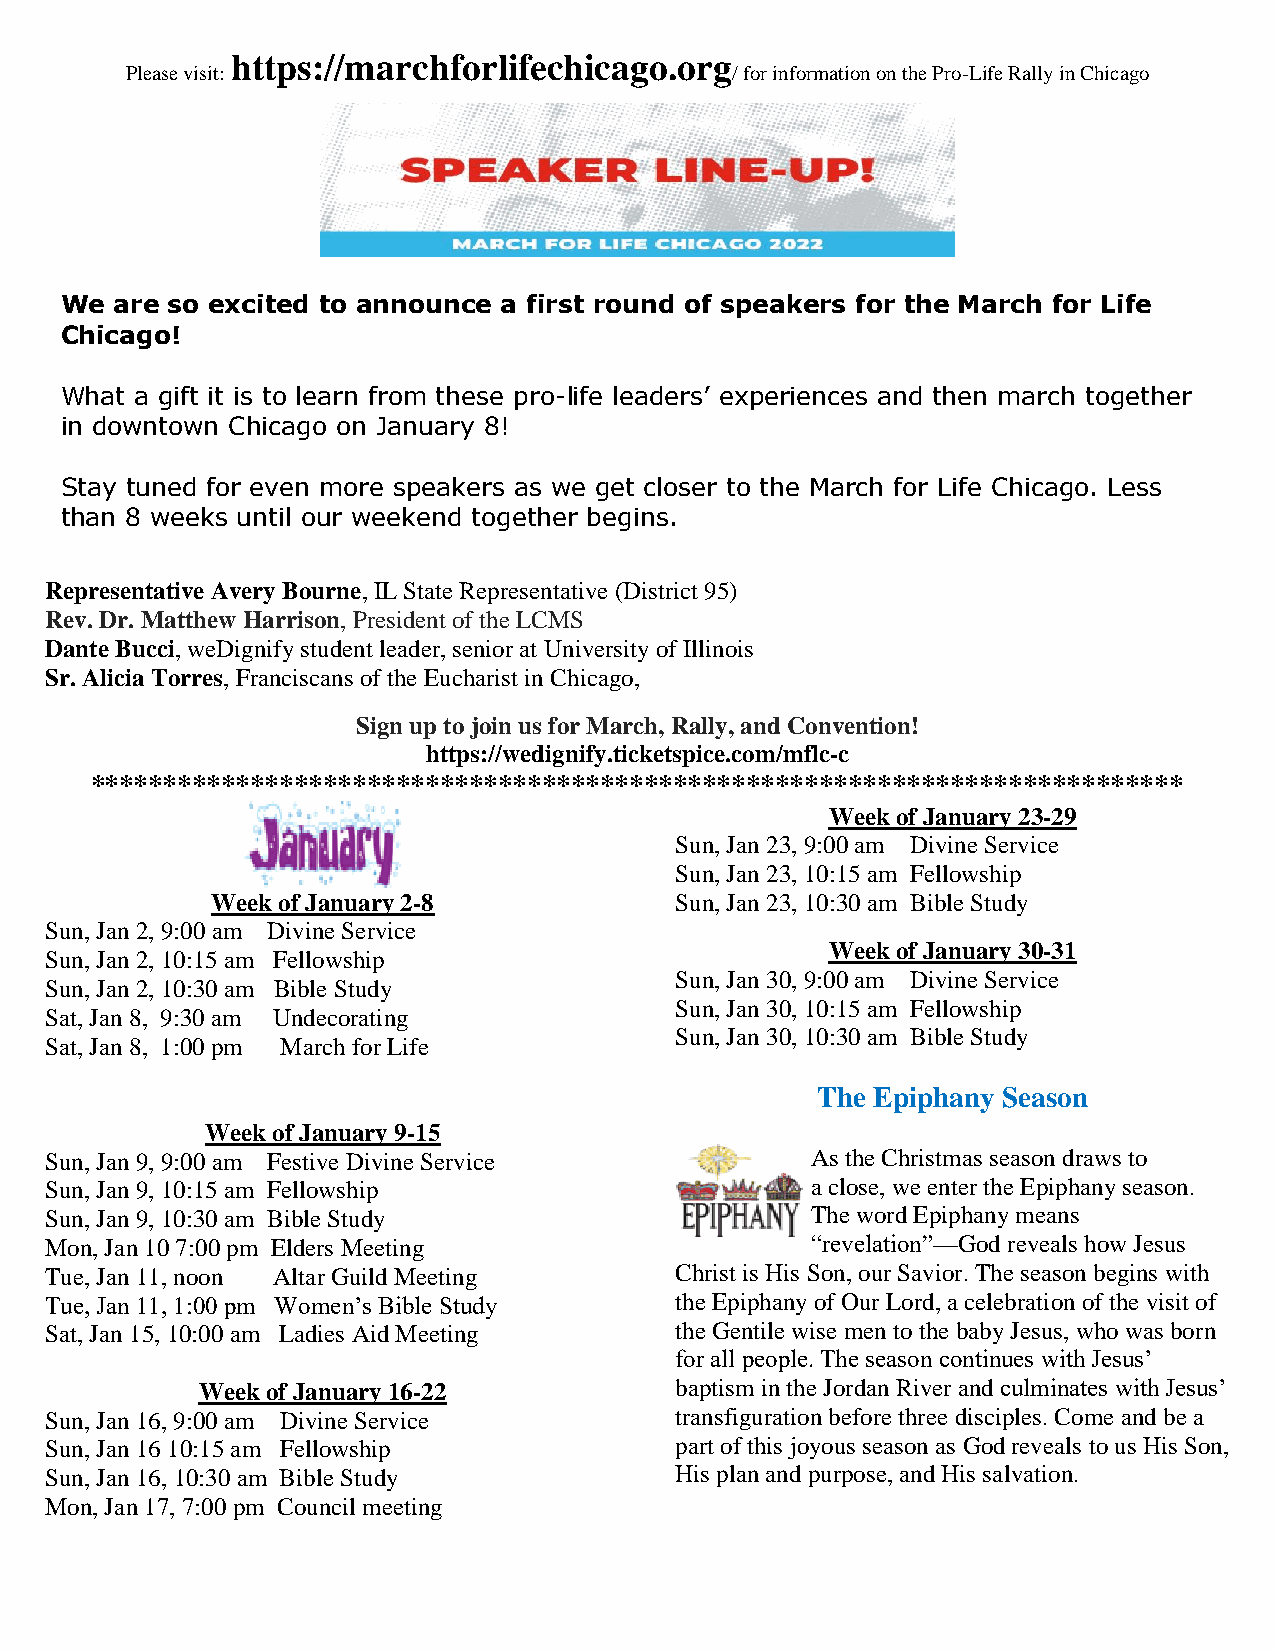
https://marchforlifechicago.org
 Please visit:                           / for information on the Pro-Life Rally in Chicago
 We  are so excited to announce a first round of speakers for the March for Life
 Chicago!
 What a gift it is to learn from these pro-life leaders’ experiences and then march together
 in downtown Chicago on January 8!
 Stay tuned for even more speakers as we get closer to the March for Life Chicago. Less
 than 8 weeks until our weekend together begins.
 Representative Avery Bourne, IL State Representative (District 95)
 Rev. Dr. Matthew Harrison, President of the LCMS
 Dante Bucci, weDignify student leader, senior at University of Illinois
 Sr. Alicia Torres, Franciscans of the Eucharist in Chicago,
 Sign up to join us for March, Rally, and Convention!
 https://wedignify.ticketspice.com/mflc-c
 ***************************************************************************
 Week of January 23-29
 Sun, Jan 23, 9:00 am Divine Service
 Sun, Jan 23, 10:15 am Fellowship
 Week of January 2-8            Sun, Jan 23, 10:30 am Bible Study
 Sun, Jan 2, 9:00 am Divine Service
 Week of January 30-31
 Sun, Jan 2, 10:15 am Fellowship
 Sun, Jan 30, 9:00 am Divine Service
 Sun, Jan 2, 10:30 am Bible Study
 Sun, Jan 30, 10:15 am Fellowship
 Sat, Jan 8, 9:30 am Undecorating
 Sun, Jan 30, 10:30 am Bible Study
 Sat, Jan 8, 1:00 pm March for Life
 The Epiphany Season
 Week of January 9-15
 Sun, Jan 9, 9:00 am Festive Divine Service         As the Christmas season draws to
 Sun, Jan 9, 10:15 am Fellowship                    a close, we enter the Epiphany season.
 Sun, Jan 9, 10:30 am Bible Study                   The word Epiphany means
 Mon, Jan 10 7:00 pm Elders Meeting                 “revelation”—God reveals how Jesus
 Tue, Jan 11, noon Altar Guild Meeting     Christ is His Son, our Savior. The season begins with
 Tue, Jan 11, 1:00 pm Women’s Bible Study  the Epiphany of Our Lord, a celebration of the visit of
 Sat, Jan 15, 10:00 am Ladies Aid Meeting  the Gentile wise men to the baby Jesus, who was born
 for all people. The season continues with Jesus’
 Week of January 16-22           baptism in the Jordan River and culminates with Jesus’
 Sun, Jan 16, 9:00 am Divine Service       transfiguration before three disciples. Come and be a
 Sun, Jan 16 10:15 am Fellowship           part of this joyous season as God reveals to us His Son,
 Sun, Jan 16, 10:30 am Bible Study         His plan and purpose, and His salvation.
 Mon, Jan 17, 7:00 pm Council meeting